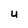
Character: U